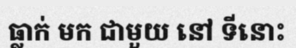
ធ្លាក់ មក ជាមួយ នៅ ទីនោះ